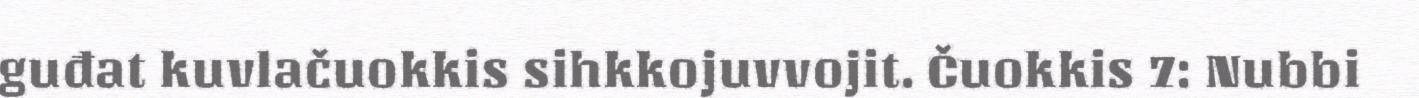
guđat kuvlačuokkis sihkkojuvvojit. Čuokkis 7: Nubbi